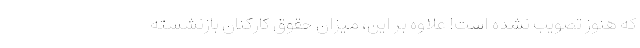
که هنوز تصویب نشده است! علاوه بر این، میزان حقوق کارکنان بازنشسته